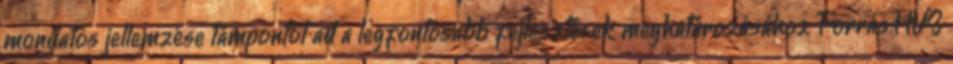
mondatos jellemzése támpontot ad a legfontosabb fejlesztések meghatározásához Forrás:HVS